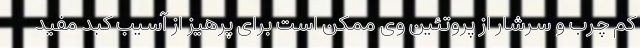
کم چرب و سرشار از پروتئین وی ممکن است برای پرهیز از آسیب کبد مفید